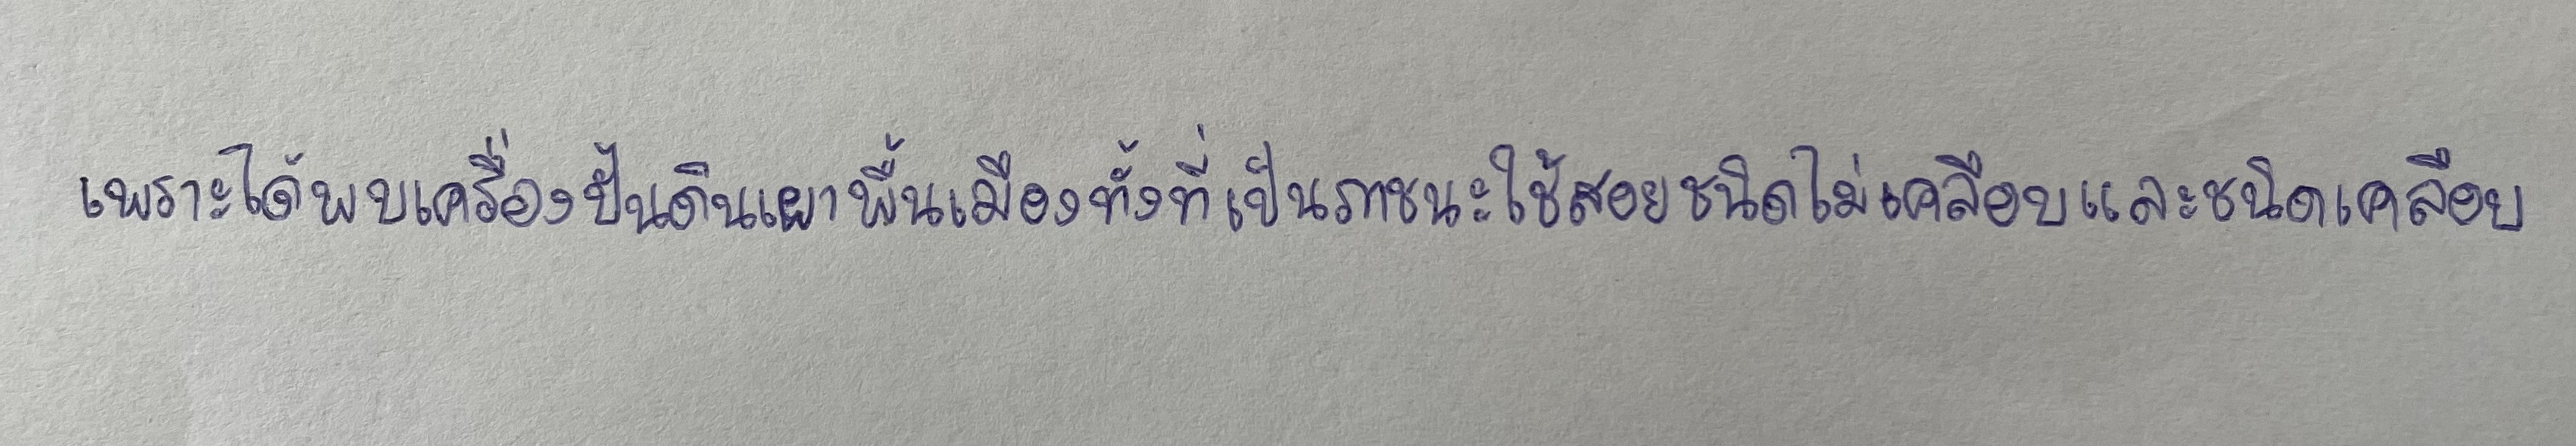
เพราะได้พบเครื่องปั้นดินเผาพื้นเมืองทั้งที่เป็นภาชนะใช้สอยชนิดไม่เคลือบและชนิดเคลือบ